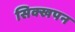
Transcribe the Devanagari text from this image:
सिक्खपन